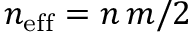
n _ { \mathrm { e f f } } = n \, m / 2